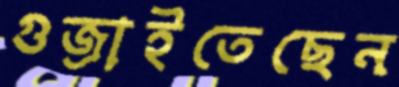
গুজ্‌রাইতেছেন